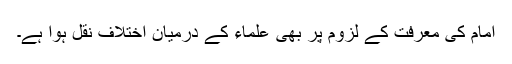
امام کی معرفت کے لزوم پر بھی علماء کے درمیان اختلاف نقل ہوا ہے۔